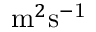
\mathrm { m } ^ { 2 } \mathrm { s ^ { - 1 } }